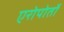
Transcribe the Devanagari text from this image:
एरोपोर्तो